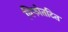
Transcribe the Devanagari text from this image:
विफोतटित